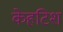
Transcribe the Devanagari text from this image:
केहटिश